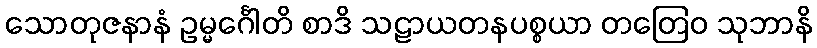
သောတုဇနာနံ ဥမ္မင်္ဂေါတိ စာဒိ သဠာယတနပစ္စယာ တတြေဝ သုဘာနိ